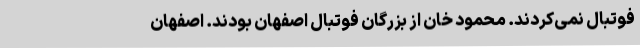
فوتبال نمی‌کردند. محمود خان از بزرگان فوتبال اصفهان بودند. اصفهان